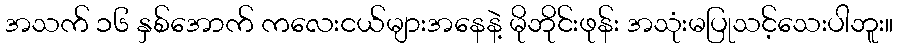
အသက် ၁၆ နှစ်အောက် ကလေးငယ်များအနေနဲ့ မိုဘိုင်းဖုန်း အသုံးမပြုသင့်သေးပါဘူး။